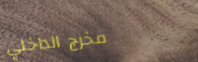
مخرج الداخلي